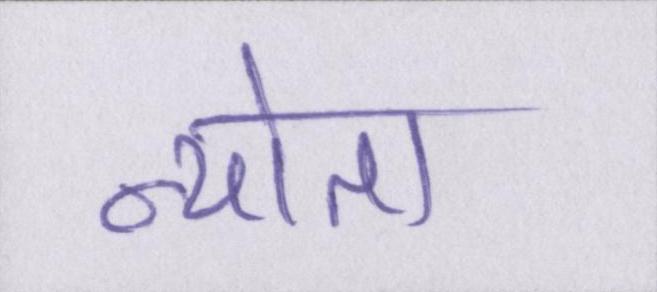
न्योता